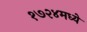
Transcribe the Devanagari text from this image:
१७२४मध्ये